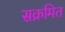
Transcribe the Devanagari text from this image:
सक्रमित